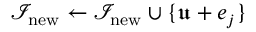
{ \mathcal { I } } _ { \mathrm { n e w } } \gets { \mathcal { I } } _ { \mathrm { n e w } } \cup \{ { \mathfrak { u } } + { \boldsymbol { e } } _ { j } \}